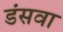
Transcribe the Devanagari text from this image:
डंसवा